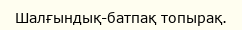
Шалғындық-батпақ топырақ.